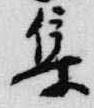
集